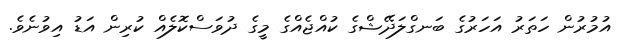
އުމުރުން ހަތަރު އަހަރުގެ ބަނގްލަދޭޝްގެ ކުއްޖެއްގެ މީގެ ދުވަސްކޮލެއް ކުރިން އަޑު އިވުނެވެ.